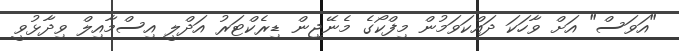
"އަވަސް" އަށް ވާހަކަ ދައްކަވަމުން މިފްކޯގެ މެނޭޖިން ޑިރެކްޓަރު އަދްލީ އިސްމާއިލް ވިދާޅުވީ